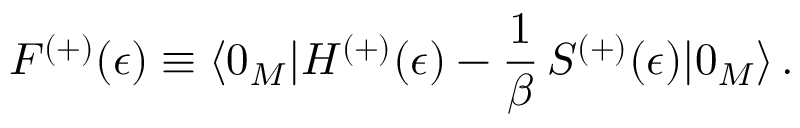
{ \cal F } ^ { ( + ) } ( \epsilon ) \equiv \langle 0 _ { M } | H ^ { ( + ) } ( \epsilon ) - \frac { 1 } { \beta } \, S ^ { ( + ) } ( \epsilon ) | 0 _ { M } \rangle \, { . }